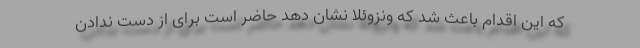
که این اقدام باعث شد که ونزوئلا نشان دهد حاضر است برای از دست ندادن